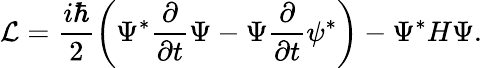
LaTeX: \mathcal{L}=\frac{i\hbar}{2}\left(\Psi^{*}\frac{\partial}{\partial t}\Psi-\Psi\frac{\partial}{\partial t}\psi^{*}\right)-\Psi^{*}H\Psi.